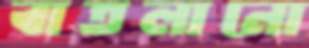
বাতলানো